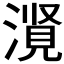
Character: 𪷃